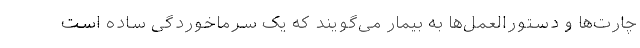
چارت‌ها و دستورالعمل‌ها به بیمار می‌گویند که یک سرماخوردگی ساده است